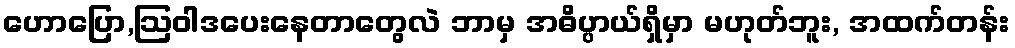
ဟောပြော,ဩဝါဒပေးနေတာတွေလဲ ဘာမှ အဓိပ္ပာယ်ရှိမှာ မဟုတ်ဘူး, အထက်တန်း